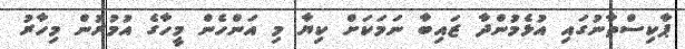
ޕާކިސްތާނުގައި އުޅެމުންދާ ޒައިބާ ނަމަކަށް ކިޔާ މި އަންހެން މީހާގެ އުމުރުން މިހާރު